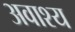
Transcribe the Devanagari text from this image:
अवाश्य